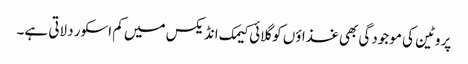
پروٹین کی موجودگی بھی غذاؤں کو گلائی کیمک انڈیکس میں کم اسکور دلاتی ہے۔